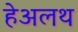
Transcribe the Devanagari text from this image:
हेअलथ